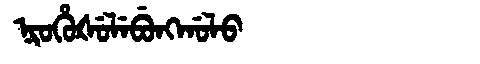
Manchu: ᠨᡳᠣᡥᡠᡧᡠᠯᡝᠪᡠᠩᡤᠣᠯᠣ
Romanization: NIOHUŠULEBUNGGOLO